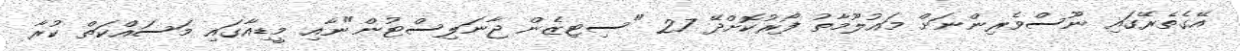
އޭގެތެރޭގައި ނޫސްވެރިންނަށް މައުލޫމާތު ފޯރުކޮށްދޭ 27 "ސިޓިޒެން ޖާނަލިސްޓުން"ނާއި މީޑިއާގައި މަސައްކަތް ކުރާ